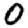
Digit: 0